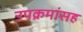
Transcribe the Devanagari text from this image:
उपक्रमांसह